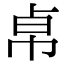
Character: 𢂦